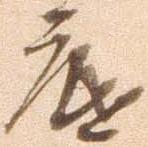
底